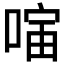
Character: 𪡣